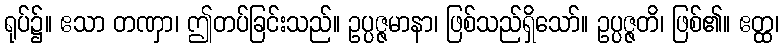
ရုပ်၌။ ဧသာ တဏှာ၊ ဤတပ်ခြင်းသည်။ ဥပ္ပဇ္ဇမာနာ၊ ဖြစ်သည်ရှိသော်။ ဥပ္ပဇ္ဇတိ၊ ဖြစ်၏။ ဧတ္ထ၊